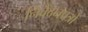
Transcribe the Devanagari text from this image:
निवेदनपत्रों